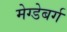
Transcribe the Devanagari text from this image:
मेग्डेबर्ग